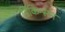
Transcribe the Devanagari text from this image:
डिकिन्‍सन